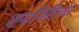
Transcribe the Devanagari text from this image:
ब्रम्हगिरीच्या